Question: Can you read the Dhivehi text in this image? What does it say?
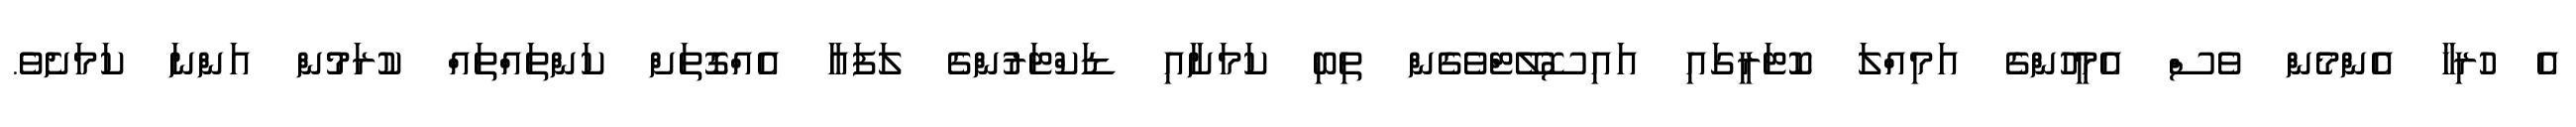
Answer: އެ ހުރިހާ އެންމެން ވެސް އެމީހުންގެ އަމިއްލަ ކޮޓަރީގައި އައިސޮލޭޓްވެގެން ތިބި ކަމަށާއި ޑަކްޓަރުންގެ ލަފައާ އެއްގޮތަށް ކަންތައްތައް ކުރަމުން އަންނަ ކަމަށެވެ.